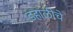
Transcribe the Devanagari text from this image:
डहाळीचे